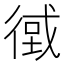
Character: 𢕂